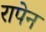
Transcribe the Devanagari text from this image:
रापेन